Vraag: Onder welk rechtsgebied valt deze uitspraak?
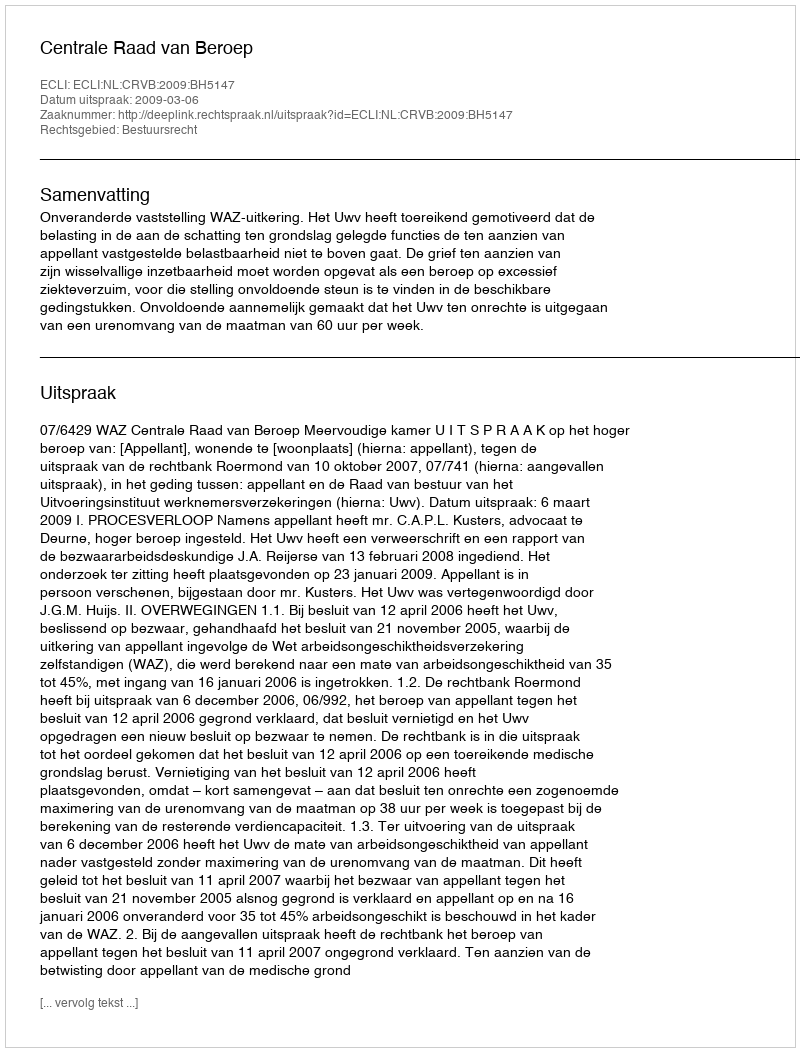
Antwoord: Bestuursrecht